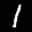
Label: 1